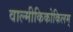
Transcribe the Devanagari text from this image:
वाल्मीकिकोकिलम्‌